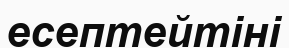
есептейтіні